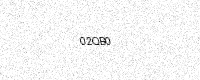
Text: 02QB0